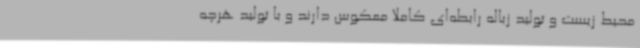
محیط زیست و تولید زباله رابطه‌ای کاملا معکوس دارند و با تولید هرچه